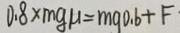
0 . 8 \times m g \mu = m g 0 . 6 + F .